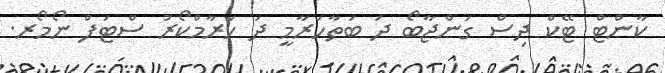
ކާންޓް ޓޭކް ދިސް ގަންޖާބޯ ދަ ބަތާހަރާމީ ދަ ހަރާމްކޯރު ސްޓަފް ނޯމޯރ.